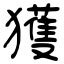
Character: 獲